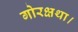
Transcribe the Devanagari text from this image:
गोरक्षथा।